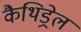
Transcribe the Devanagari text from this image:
कैथिड्रेल